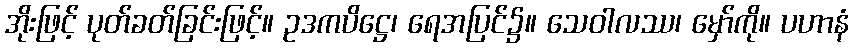
အိုးဖြင့် ပုတ်ခတ်ခြင်းဖြင့်။ ဥဒကပိဋ္ဌေ၊ ရေအပြင်၌။ သေဝါလဿ၊ မှော်ကို။ ပဟာနံ